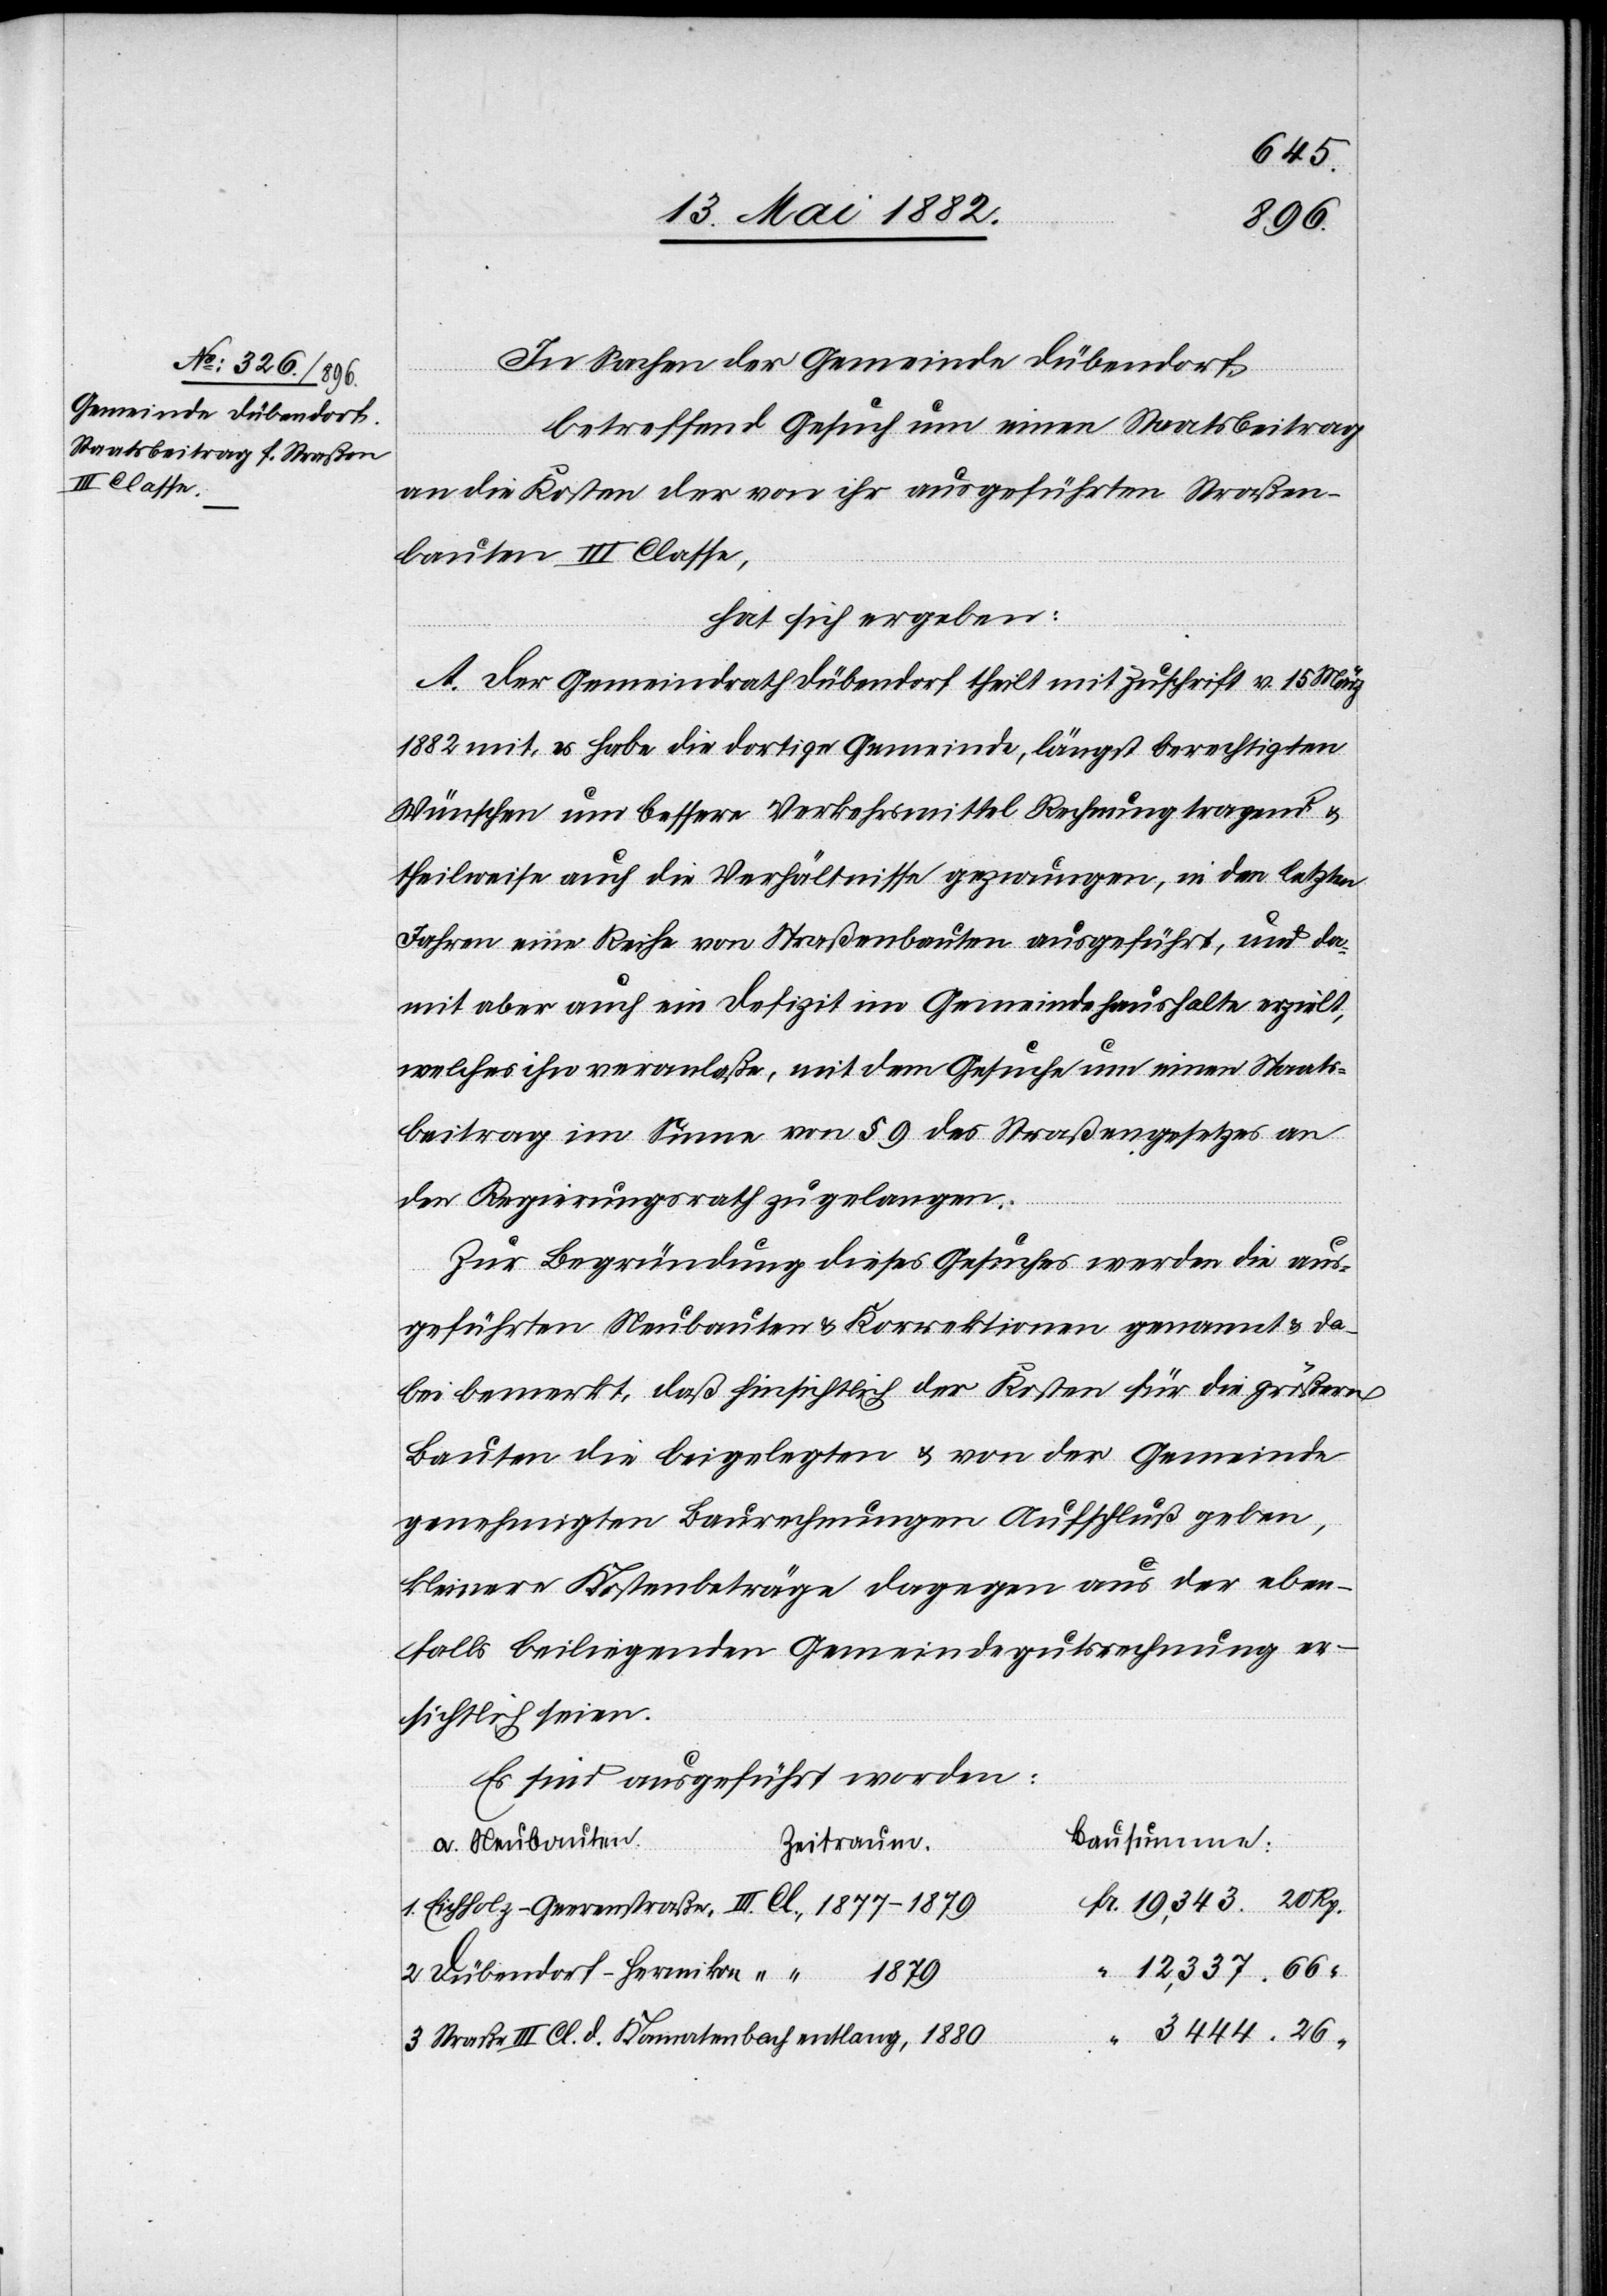
3,444.
In Sachen der Gemeinde Dübendorf,
betreffend Gesuch um einen Staatsbeitrag
an die Kosten der von ihr ausgeführten Straßen¬
bauten III. Classe,
hat sich ergeben:
A. Der Gemeindrath Dübendorf theilt mit Zuschrift v. 15. März
1882 mit, es habe die dortige Gemeinde, längst berechtigen
Wünschen um bessere Verkehrsmittel Rechnung tragend
theilweise auch [durch] die Verhältnisse gezwungen, in den letzten
Jahren eine Reihe von Straßenbauten ausgeführt, und da¬
mit aber auch ein Defizit im Gemeindehaushalt erzielt,
welches ihn veranlaße, mit dem Gesuche um einen Staats¬
beitrag im Sinne von § 9 des Straßengesetzes an
den Regierungsrath zu gelangen.
Zur Begründung dieses Gesuches werden die aus¬
geführten Neubauten & Korrektionen genannt & da¬
bei bemerkt, daß hinsichtlich der Kosten für die größern
Bauten die beigelegten & von der Gemeinde
genehmigten Baurechnungen Aufschluß geben,
kleinere Kostenbeträge dagegen aus der eben¬
falls beigelegten Gemeindegutsrechnung er¬
sichtlich seien.
Es sind ausgeführt worden:
Bausummen:
a. Neubauten
Zeitraum:
Straße II. Cl. d. Kamatenbach entlang,